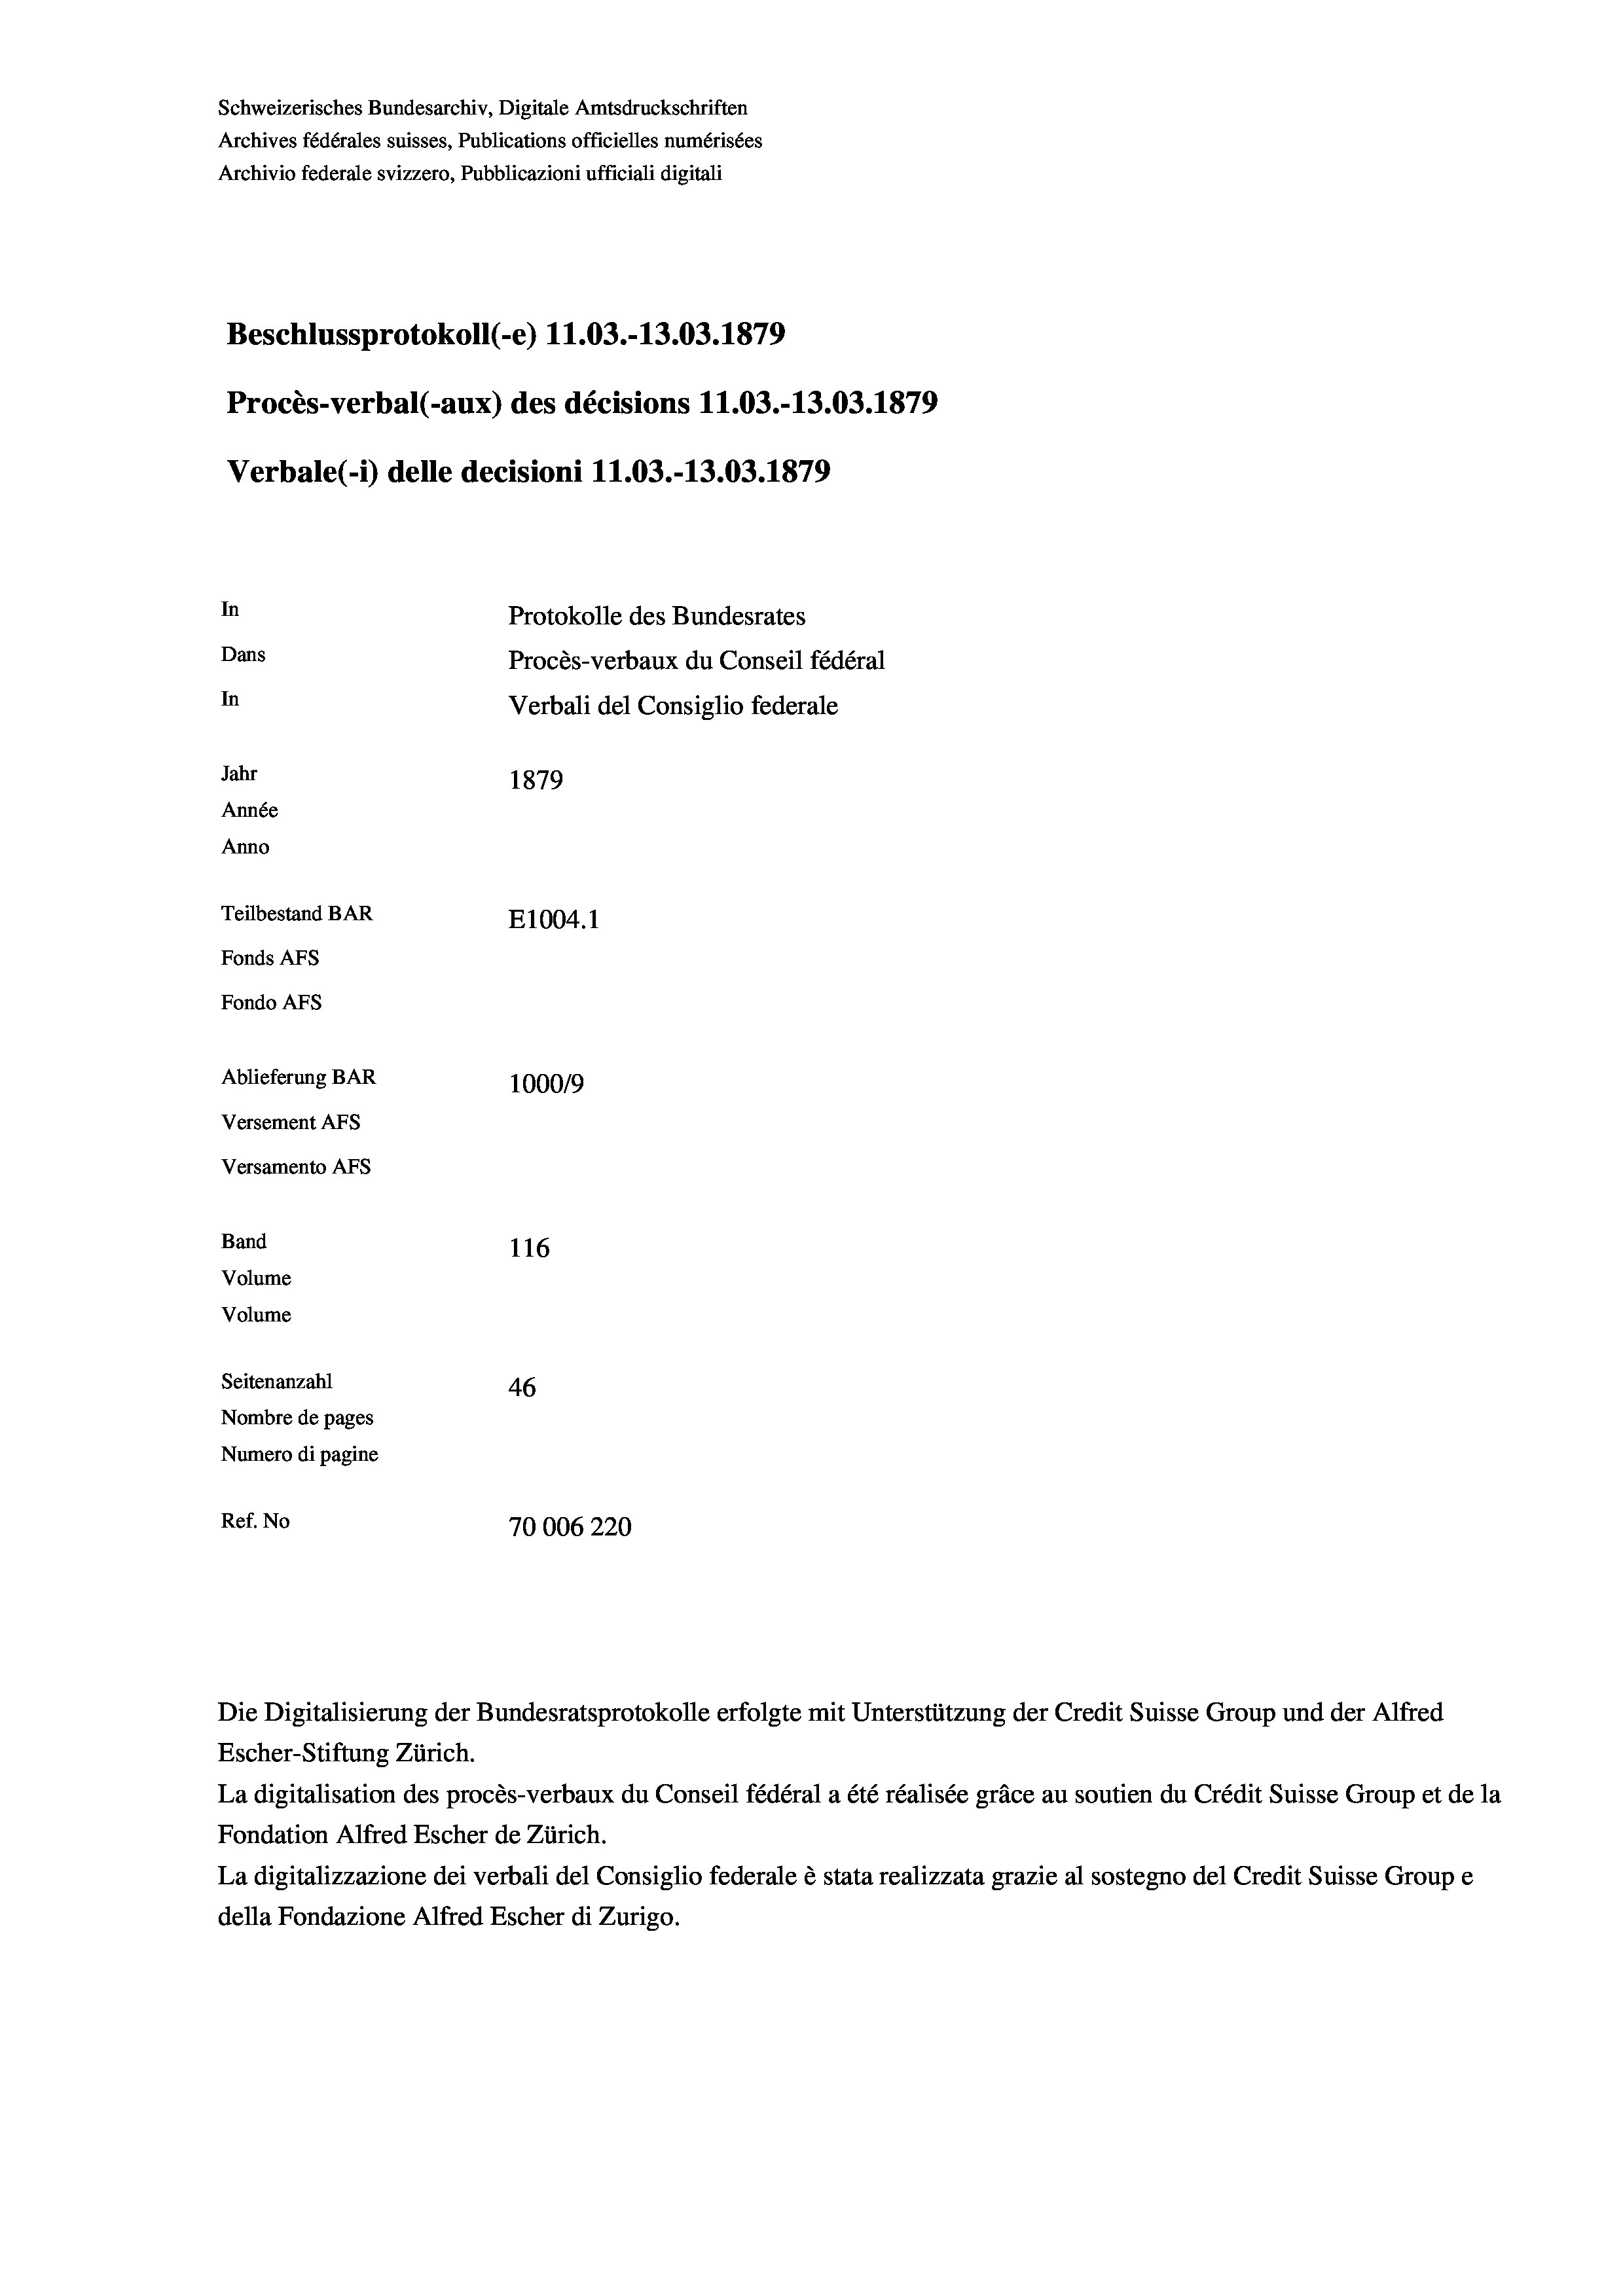
Schweizerisches Bundesarchiv, Digitale Amtsdruckschriften
Archives fédérales suisses, Publications officielles numérisées
Archivio federale svizzero, Pubblicazioni ufficiali digitali
Beschlussprotokoll (-e) 11.03.-13.03. 1879
Procès-verbal (-aux) des décisions 11.03.-13.03. 1879
Verbale (i) delle decisioni 11.03.-13.03. 1879
In
Protokolle des Bundesrates
Dans
Procès-verbaux du Conseil fédéral
In
Verbali del Consiglio federale
Jahr
1879
Année
Anno
Teilbestand BAR
E1004. 1
Fonds AFs
Fondo AFS
Ablieferung BAR
100019
Versement AFs
Versamento AFS
Band
116
Volume
Volume
Seitenanzahl
46
Nombre de pages
Numero di pagine
Ref. No
70006220

Die Digitalisierung der Bundesratsprotokolle erfolgte mit Unterstützung der Credit Suisse Group und der Alfred
Escher-Stiftung Zürich.
La digitalisation des procès-verbaux du Conseil fédéral a été réalisée gräce au soutien du Crédit Suisse Group et de la
Fondation Alfred Escher de Zürich.
La digitalizzazione dei verbali del Consiglio federale è stata realizzata grazie al sostegno del Credit Suisse Groupe
della Fondazione Alfred Escher di Zurigo.